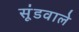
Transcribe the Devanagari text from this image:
सूंडवाले